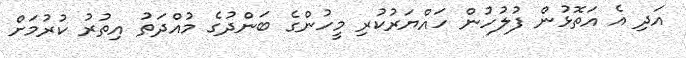
އަދި އެ އަތޮޅުން ފުލުހުން ހައްޔަރުކުރި މީހުންގެ ބަންދުގެ މުއްދަތު އިތުރު ކުރުމަށް